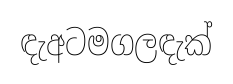
ඳැඅටමගලඳැක්